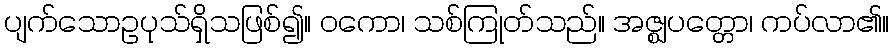
ပျက်သောဥပုသ်ရှိသဖြစ်၍။ ဝကော၊ သစ်ကြုတ်သည်။ အဇ္ဈပတ္တော၊ ကပ်လာ၏။